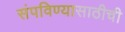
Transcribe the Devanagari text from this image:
संपविण्यासाठीची